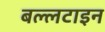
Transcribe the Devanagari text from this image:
बल्लटाइन